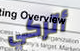
أتركي